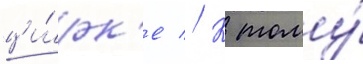
ци́рк'е // К тому́